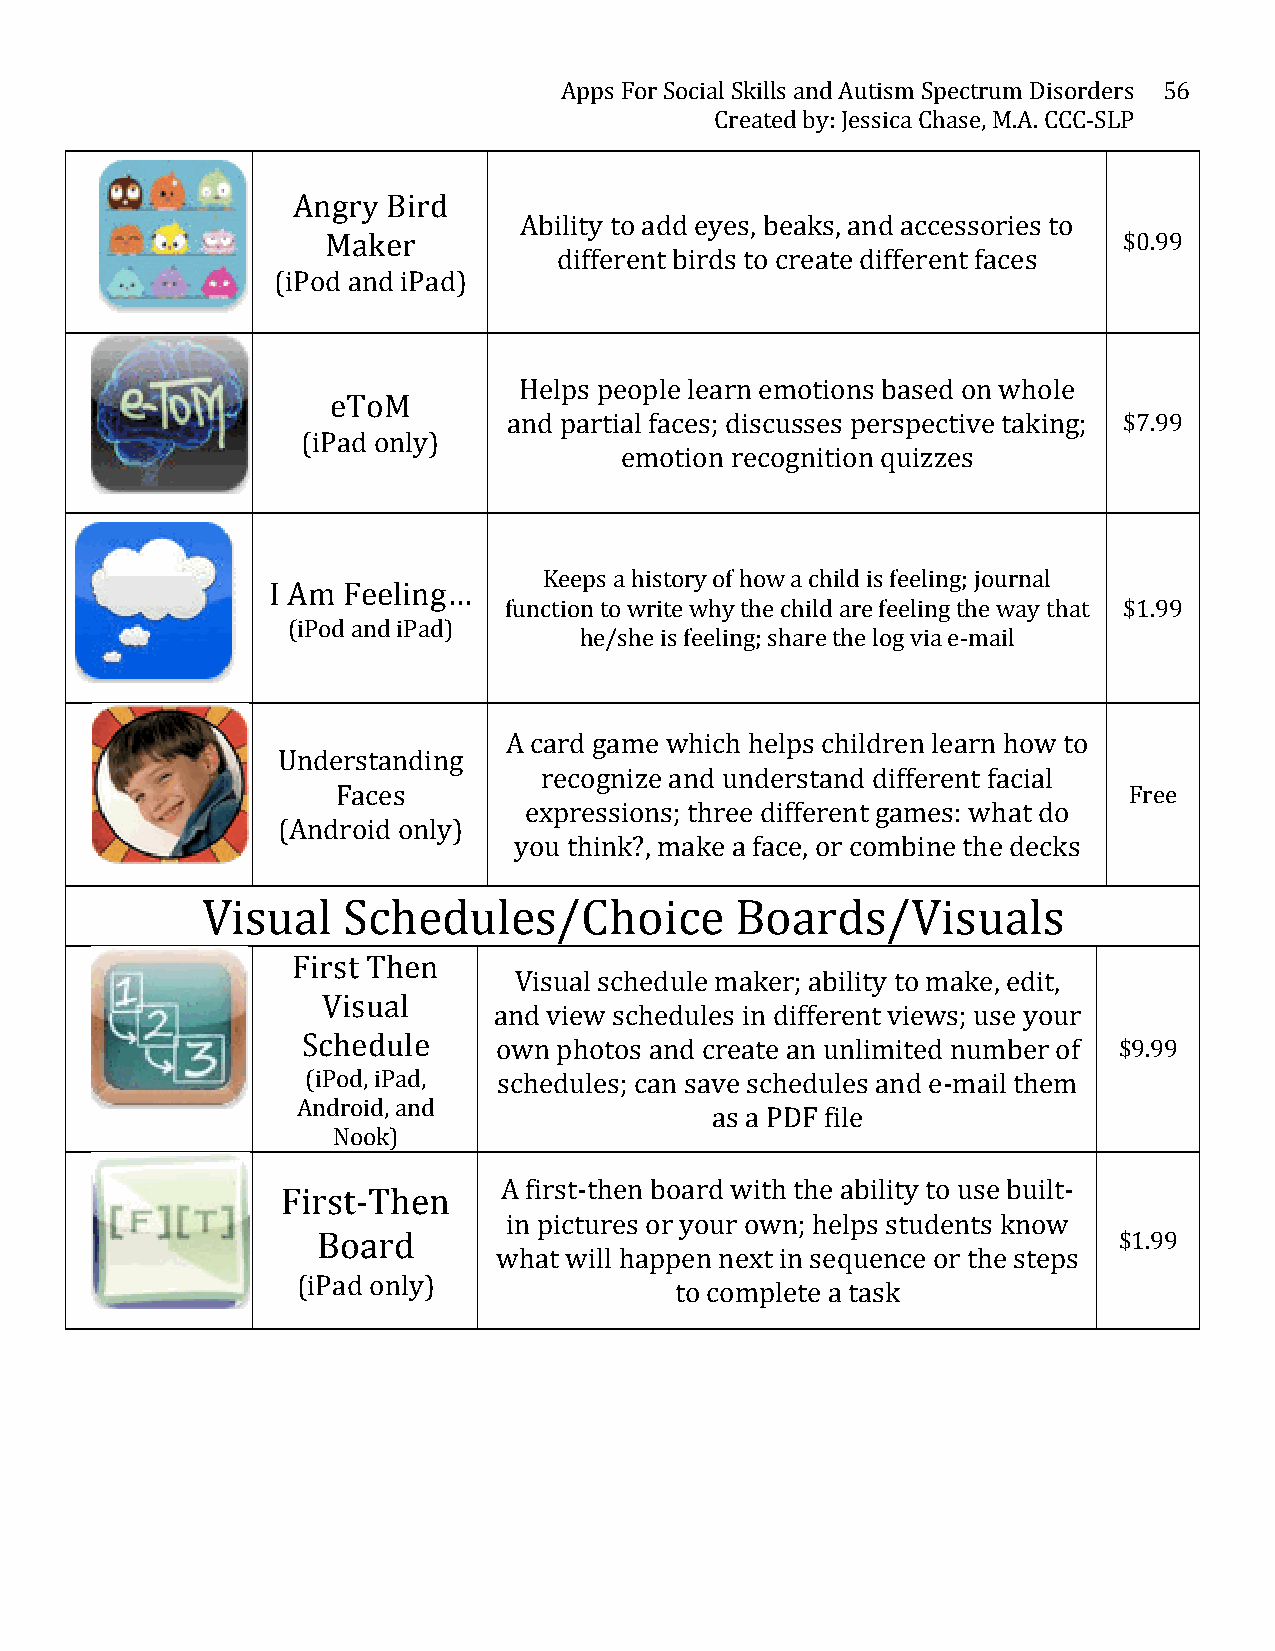
Apps For Social Skills and Autism Spectrum Disorders 56
 Created by: Jessica Chase, M.A. CCC-­‐SLP
 Angry  Bird
 Ability to add eyes, beaks, and accessories to
 Maker                                               $0.99
 different birds to create different faces
 (iPod and iPad)
 Helps people learn emotions based on whole
 eToM
 and partial faces; discusses perspective taking; $7.99
 (iPad only)
 emotion recognition quizzes
 Keeps a history of how a child is feeling; journal
 I Am Feeling…
 function to write why the child are feeling the way that $1.99
 (iPod and iPad)
 he/she is feeling; share the log via e-­‐mail
 A card game which helps children learn how to
 Understanding
 recognize and understand different facial
 Faces                                                Free
 expressions; three different games: what do
 (Android only)
 you think?, make a face, or combine the decks
 Visual    Schedules/Choice          Boards/Visuals
 First Then
 Visual schedule maker; ability to make, edit,
 Visual
 and view schedules in different views; use your
 Schedule
 own photos and create an unlimited number of $9.99
 (iPod, iPad, schedules; can save schedules and e-­‐mail them
 Android, and
 as a PDF file
 Nook)
 A first-­‐then board with the ability to use built-­‐
 First-­‐Then
 in pictures or your own; helps students know
 Board                                                $1.99
 what will happen next in sequence or the steps
 (iPad only)
 to complete a task